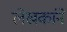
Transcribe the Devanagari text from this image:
लेखकांने